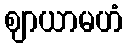
ဈာယာမဟံ